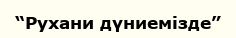
“Рухани дүниемізде”